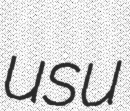
usu